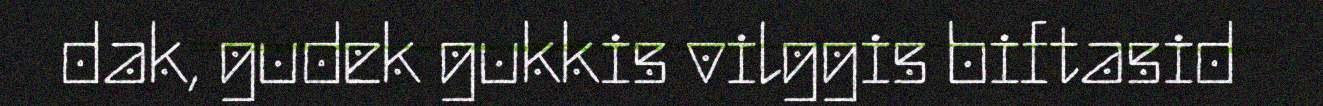
dak, gudek gukkis vilggis biftasid